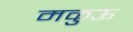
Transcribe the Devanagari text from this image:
मकुऊ